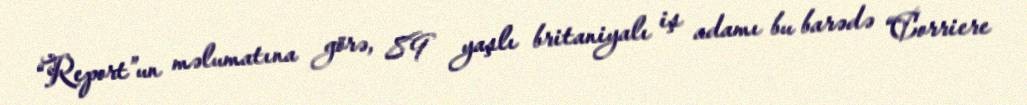
“Report”un məlumatına görə, 89 yaşlı britaniyalı iş adamı bu barədə “Corriere